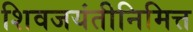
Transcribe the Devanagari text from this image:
शिवजयंतीनिमित्त